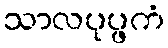
သာလပုပ္ဖကံ